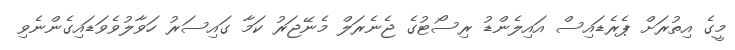
މީގެ އިތުރަށް ޕެރެޑައިސް އައިލެންޑު ރިސޯޓުގެ ޖެނެރަލް މެނޭޖަރު ކަމާ ގައިސަރު ހަވާލުވެވަޑައިގެންނެވި